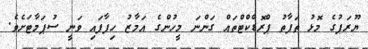
ޔޫރަޕުގެ މޮޅު ތަފާތު ޕްރޮޑްކްޓްތައް ގަންނަ މީހުންގެ އަމާޒު ހިފާފައި ވަނީ ސުޕަމާޓަށެވެ.